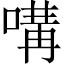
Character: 㗕